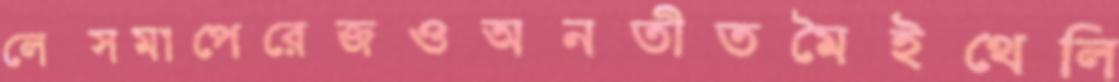
লেক্সমাপেরেজওঅনতীতমৈইথেলি